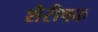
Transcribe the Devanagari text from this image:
शैरीषक